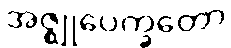
အဇ္ဈုပေက္ခတော